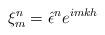
LaTeX: \begin{align*}\xi_m^n=\hat{\epsilon}^n e^{imkh}\end{align*}